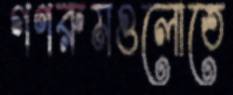
গণরুমগুলোতে